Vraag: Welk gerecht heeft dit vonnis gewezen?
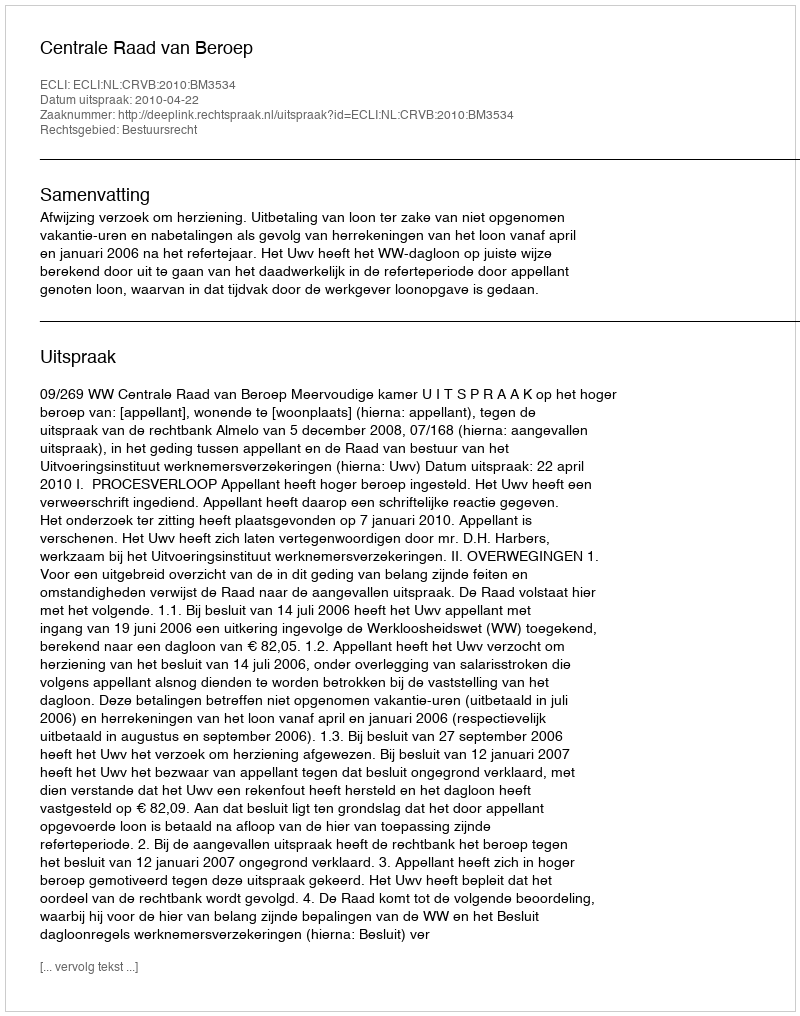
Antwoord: Centrale Raad van Beroep